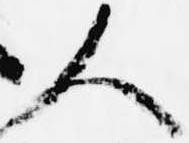
人